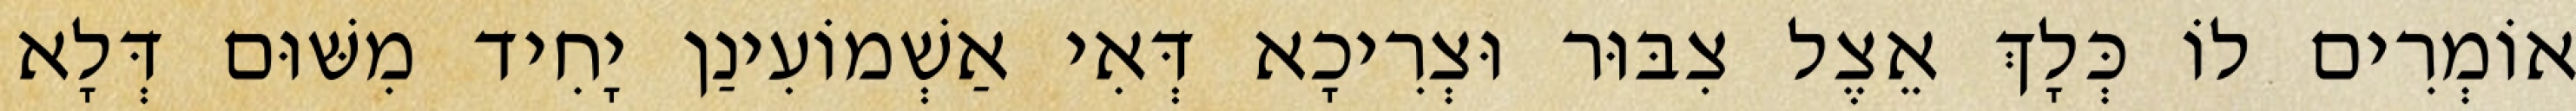
אוֹמְרִים לוֹ כְּלָךְ אֵצֶל צִבּוּר וּצְרִיכָא דְּאִי אַשְׁמוֹעִינַן יָחִיד מִשּׁוּם דְּלָא